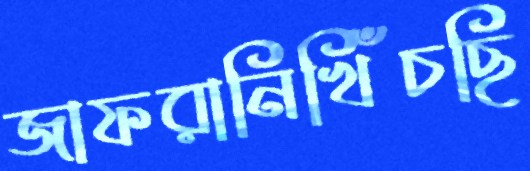
জাফরানিখিঁচছি